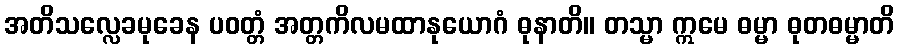
အတိသလ္လေခမုခေန ပဝတ္တံ အတ္တကိလမထာနုယောဂံ ဓုနာတိ။ တသ္မာ ဣမေ ဓမ္မာ ဓုတဓမ္မာတိ